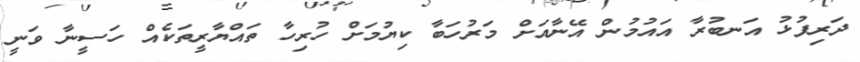
ދަރިފުޅު އަނބުރާ އައުމުން އޭނާއަށް މަރުހަބާ ކިޔުމަށް ހުރިހާ ތައްޔާރީތަކެއް ހަސީނާ ވަނީ